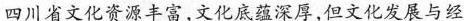
四川省文化资源丰富，文化底蕴深厚，但文化发展与经